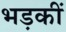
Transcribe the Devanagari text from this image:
भड़कीं